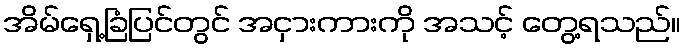
အိမ်ရှေ့ခြံပြင်တွင် အငှားကားကို အသင့် တွေ့ရသည်။